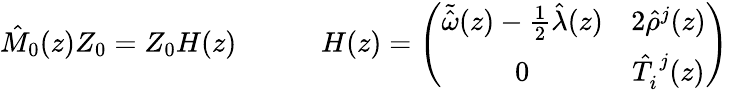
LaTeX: \begin{array}{cc}{{\hat{M}_{0}(z)Z_{0}=Z_{0}H(z)~~~~}}&{{~~~~H(z)=\left(\begin{array}{cc}{{\tilde{\hat{\omega}}(z)-\frac{1}{2}\hat{\lambda}(z)}}&{{2\hat{\rho}^{j}(z)}}\\ {{0}}&{{\hat{T}_{i}^{~j}(z)}}\end{array}\right)}}\end{array}